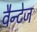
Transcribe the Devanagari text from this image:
वैन्टेज